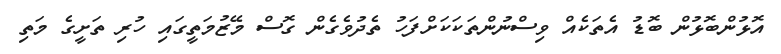
އޮޅުންބޮޅުން ބޮޑު އެތަކެއް ވިސްނުންތަކަކަށްފަހު ތެދުވެގެން ގޮސް މޭޒުމަތީގައި ހުރި ތަށީގެ މަތި